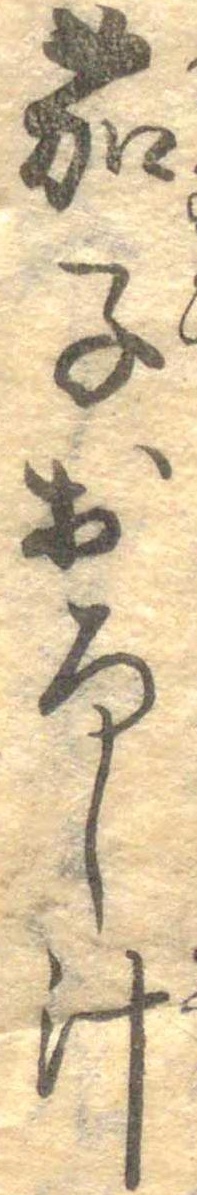
茄子おろし汁